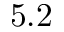
5 . 2